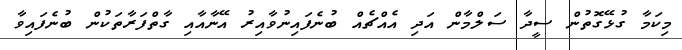
މިކަމާ ގުޅޭގޮތުން ސީދާ ސަލްމާން އަދި އެއްޗެއް ބުނެފައިނުވާއިރު އޭނާއާއި ގާތްފަރާތަކުން ބުނެފައިވާ